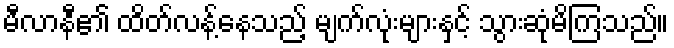
မီလာနီ၏ ထိတ်လန့်နေသည့် မျက်လုံးများနှင့် သွားဆုံမိကြသည်။